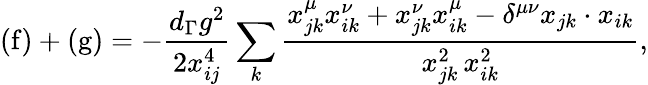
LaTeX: \mathrm{(f)}+\mathrm{(g)}=-\frac{d_{\Gamma}g^{2}}{2x_{ij}^{4}}\sum_{k}\frac{x_{jk}^{\mu}x_{ik}^{\nu}+x_{jk}^{\nu}x_{ik}^{\mu}-\delta^{\mu\nu}x_{jk}\cdot x_{ik}}{x_{jk}^{2}\, x_{ik}^{2}},